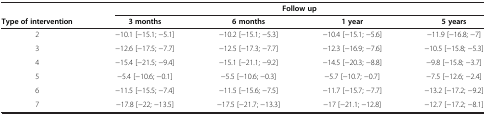
|  | <COLSPAN=4> Follow up |
 | Type of intervention | 3 months | 6 months | 1 year | 5 years |
 | --- | --- | --- | --- | --- |
 | 2 | −10.1 [−15.1; −5.1] | −10.2 [−15.1; −5.3] | −10.4 [−15.1; −5.6] | −11.9 [−16.8; −7] |
 | 3 | −12.6 [−17.5; −7.7] | −12.5 [−17.3; −7.7] | −12.3 [−16.9; −7.6] | −10.5 [−15.8; −5.3] |
 | 4 | −15.4 [−21.5; −9.4] | −15.1 [−21.1; −9.2] | −14.5 [−20.3; −8.8] | −9.8 [−15.8; −3.7] |
 | 5 | −5.4 [−10.6; −0.1] | −5.5 [−10.6; −0.3] | −5.7 [−10.7; −0.7] | −7.5 [−12.6; −2.4] |
 | 6 | −11.5 [−15.5; −7.4] | −11.5 [−15.6; −7.5] | −11.7 [−15.7; −7.7] | −13.2 [−17.2; −9.2] |
 | 7 | −17.8 [−22; −13.5] | −17.5 [−21.7; −13.3] | −17 [−21.1; −12.8] | −12.7 [−17.2; −8.1] |